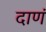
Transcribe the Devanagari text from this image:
दाणं